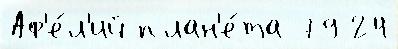
Аф'е́л'ий план'е́та 79 24